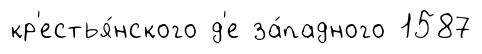
кр'естья́нского д'е за́падного 1587